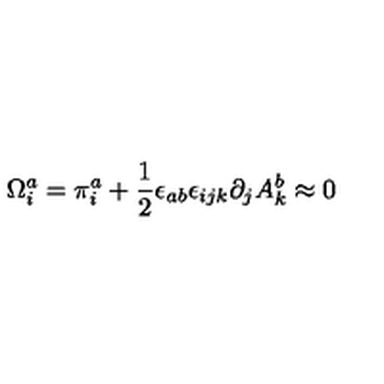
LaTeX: \Omega _ { i } ^ { a } = \pi _ { i } ^ { a } + \frac { 1 } { 2 } \epsilon _ { a b } \epsilon _ { i j k } \partial _ { j } A _ { k } ^ { b } \approx 0